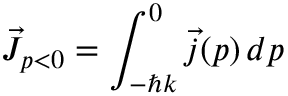
\vec { J } _ { p < 0 } = \int _ { - \hbar k } ^ { 0 } \vec { j } ( p ) \, d p